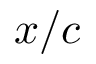
x / c